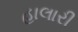
હાલારી